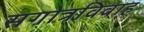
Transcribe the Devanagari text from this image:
सगोत्रविवाह